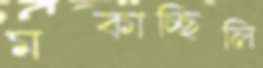
মট্‌কাচ্ছিলি